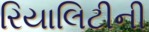
રિયાલિટીની